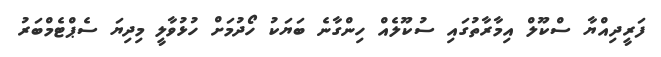
ފަރީދިއްޔާ ސްކޫލް އިމާރާތުގައި ސުކޫލެއް ހިންގާނެ ބަޔަކު ހޯދުމަށް ހުޅުވާލީ މިދިޔަ ސެޕްޓެމްބަރު